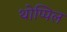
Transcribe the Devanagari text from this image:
थोप्पिल